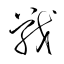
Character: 戰